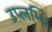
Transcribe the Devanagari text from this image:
उप्लभ्धि